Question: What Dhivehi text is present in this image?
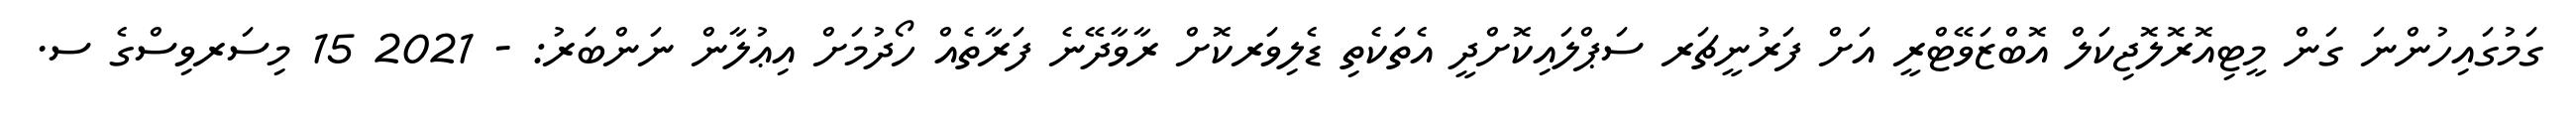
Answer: ގަމުގައިހުންނަ ގަން މީޓިއޮރޮލޮޖިކަލް އޮބްޒަވޭޓްރީ އަށް ފަރުނީޗަރ ސަޕްލައިކޮށްދީ އެތަކެތި ޑެލިވަރކޮށް ރާވާދޭނެ ފަރާތެއް ހޯދުމަށް އިޢުލާން ނަންބަރު: - 2021 15 މިސަރވިސްގެ ސ.